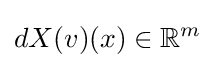
dX(v)(x)\in \mathbb {R} ^{m}